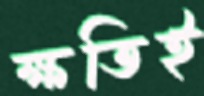
ক্ষতিই